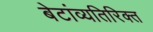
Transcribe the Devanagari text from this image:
बेटांव्यतिरिक्त